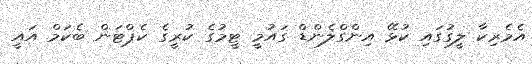
އެމެރިކާ ލީގުގައި ކުޅޭ އިންގްލެންޑް ގައުމީ ޓީމުގެ ކުރީގެ ކެޕްޓަން ބެކަމް އައީ